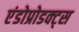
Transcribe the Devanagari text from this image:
एंडोप्रोडक्ट्स